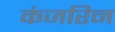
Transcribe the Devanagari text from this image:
कंजरिन